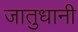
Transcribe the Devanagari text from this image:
जातुधानी